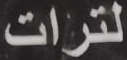
لترات